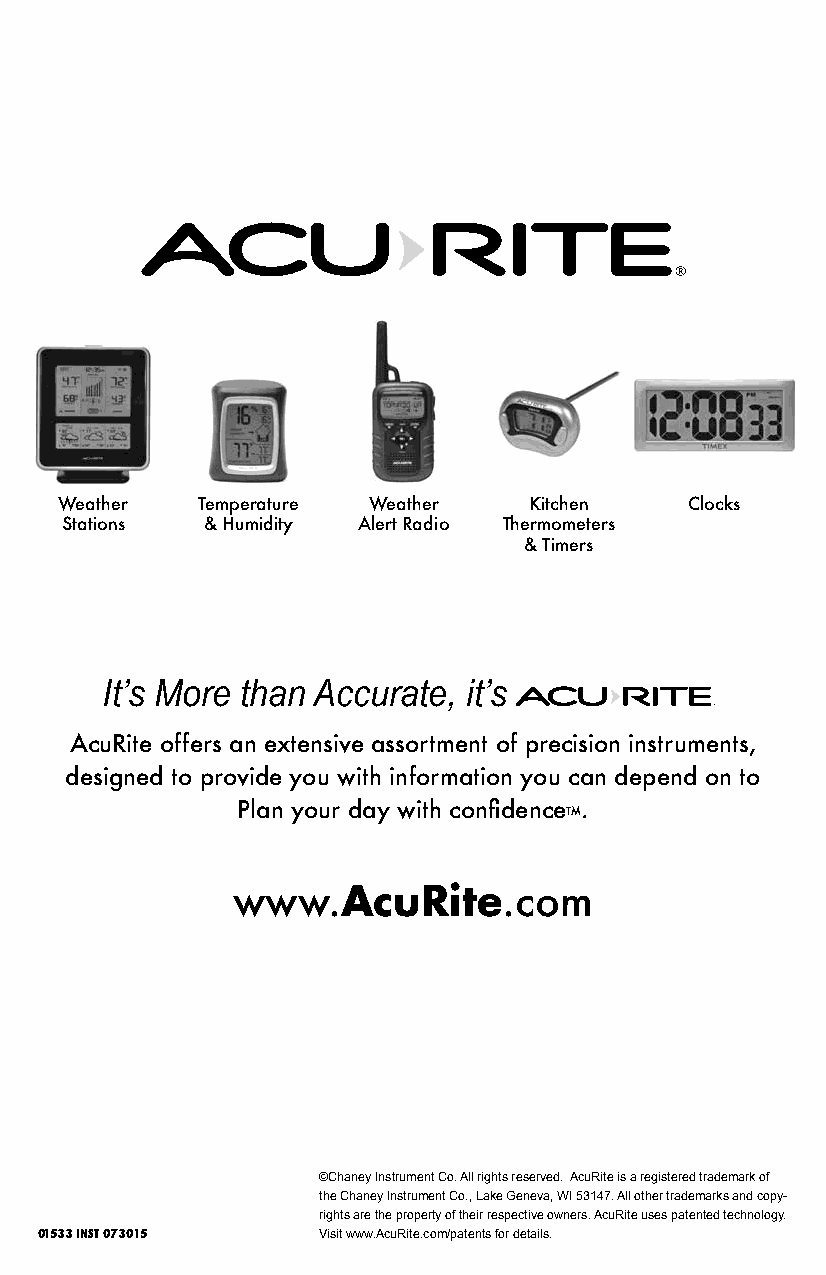
Weather  Temperature Weather   Kitchen   Clocks
 Stations & Humidity Alert Radio Thermometers
 & Timers
 It’s More than Accurate, it’s
 AcuRite offers an extensive assortment of precision instruments,
 designed to provide you with information you can depend on to
 Plan your day with confidence™.
 www.AcuRite.com
 ©Chaney Instrument Co. All rights reserved. AcuRite is a registered trademark of
 the Chaney Instrument Co., Lake Geneva, WI 53147. All other trademarks and copy-
 rights are the property of their respective owners. AcuRite uses patented technology.
 01533 INST 073015  Visit www.AcuRite.com/patents for details.